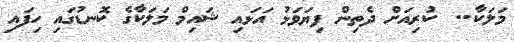
މަލަކާ..  ކުރިއަށް ދެތިން ފިޔަވަޅު އަޅައި ޝައިމް މަލަކާގެ ކޮނޑުގައި ހިފައި